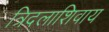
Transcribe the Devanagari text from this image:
त्रिदलाशिवाय